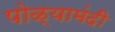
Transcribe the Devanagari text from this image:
पोळ्यामंदी